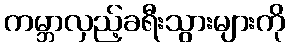
ကမ္ဘာလှည့်ခရီးသွားများကို